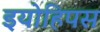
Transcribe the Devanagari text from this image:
इयोहिपस